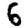
Digit: 6